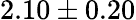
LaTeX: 2.10\pm 0.20